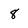
Character: 8